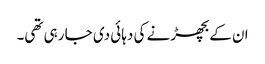
ان کے بچھڑنے کی دہائی دی جا رہی تھی۔